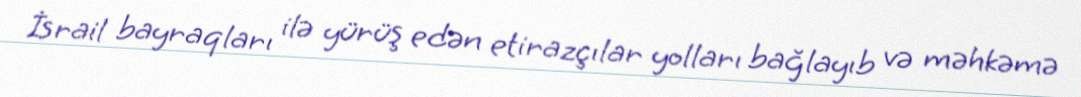
İsrail bayraqları ilə yürüş edən etirazçılar yolları bağlayıb və məhkəmə